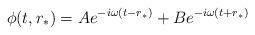
LaTeX: \begin{align*}\phi(t,r_*) = A e^{-i\omega (t-r_*)}+Be^{-i\omega (t+r_*)}\end{align*}